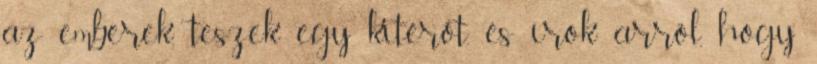
az emberek, teszek egy kitérőt, és írok arról, hogy